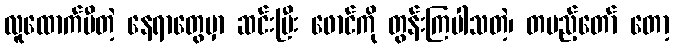
လူထောက်မီတဲ့ နေရာတွေမှာ ဆင်းပြီး ဖောင်ကို တွန်းကြပါသတဲ့၊ တပည့်တော် တော့